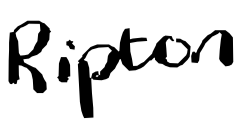
Text: Ripton
Cross-out: clean
Writing tool: digital_black